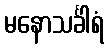
မနောသင်္ခါရံ